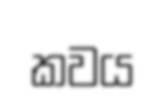
කවය